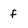
Character: f